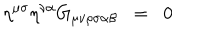
LaTeX: \eta ^ { \mu \sigma } \eta ^ { \nu \alpha } G _ { \mu \nu \rho \sigma \alpha \beta } \; \; = \; \; 0